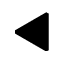
\blacktriangleleft